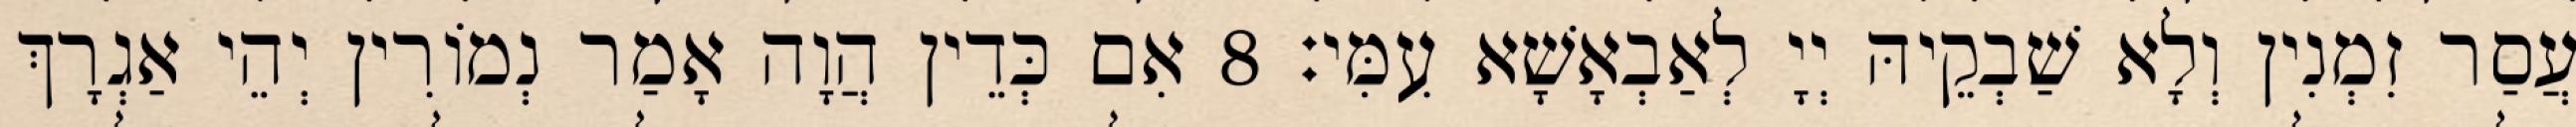
עֲסַר זִמְנִין וְלָא שַׁבְקֵיהּ יְיָ לְאַבְאָשָׁא עִמִּי׃ 8 אִם כְּדֵין הֲוָה אָמַר נְמוֹרִין יְהֵי אַגְרָךְ